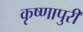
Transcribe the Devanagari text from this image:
कृष्णापुरी